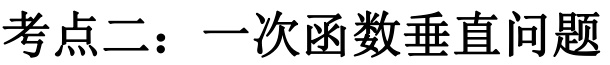
考点二：一次函数垂直问题